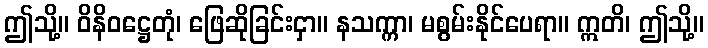
ဤသို့။ ဝိနိဝဋ္ဌေတုံ၊ ဖြေဆိုခြင်းငှာ။ နသက္ကာ၊ မစွမ်းနိုင်ပေရာ။ ဣတိ၊ ဤသို့။